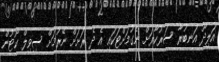
އަލިދޫ އަނބުރާ ސަރުކާރަށް ނެގުމަށްޓަކައި އެ ދެ ރަށަށް ނޭރުމަށް ސިވިލް ކޯޓުން